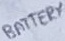
Text: BATTERY